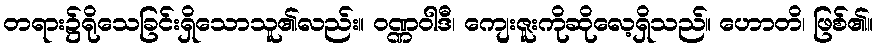
တရား၌ရိုသေခြင်းရှိသောသူ၏လည်း။ ဝဏ္ဏဝါဒီ၊ ကျေးဇူးကိုဆိုလေ့ရှိသည်။ ဟောတိ၊ ဖြစ်၏။